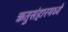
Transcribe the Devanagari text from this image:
ऋतुसंहारमध्ये